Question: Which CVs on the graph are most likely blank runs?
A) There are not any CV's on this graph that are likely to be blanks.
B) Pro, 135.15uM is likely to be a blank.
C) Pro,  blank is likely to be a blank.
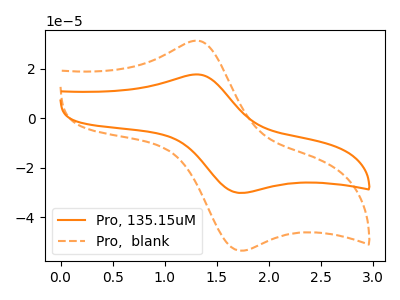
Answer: <think>The orange curve "Pro, 135.15uM" has an anodic peak at (1.30V, 17.65uA) and a cathodic peak at (1.75V, -30.20uA). The orange dashed curve "Pro,  blank" has an anodic peak at (1.30V, 31.25uA) and a cathodic peak at (1.75V, -53.55uA).</think>
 <answer>A) There are not any CV's on this graph that are likely to be blanks.</answer>
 <eval>A</eval>